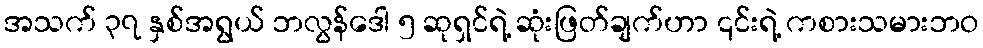
အသက် ၃၇ နှစ်အရွယ် ဘလွန်ဒေါ ၅ ဆုရှင်ရဲ့ ဆုံးဖြတ်ချက်ဟာ ၎င်းရဲ့ ကစားသမားဘဝ